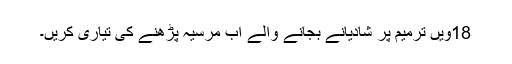
18ویں ترمیم پر شادیانے بجانے والے اب مرسیہ پڑھنے کی تیاری کریں۔